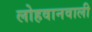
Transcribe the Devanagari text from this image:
लोहवानवाली